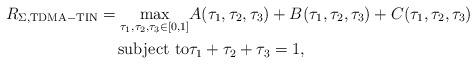
\begin{align*}R_{\Sigma,\mathrm{TDMA-TIN}} = \max_{\tau_1,\tau_2,\tau_3\in[0,1]} & A(\tau_1,\tau_2,\tau_3) + B(\tau_1,\tau_2,\tau_3) + C(\tau_1,\tau_2,\tau_3)\\\mathrm{subject\,\, to} & \tau_1+\tau_2 +\tau_3=1,\end{align*}